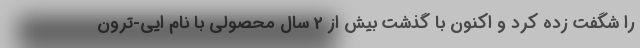
را شگفت زده کرد و اکنون با گذشت بیش از 2 سال محصولی با نام ایی-ترون